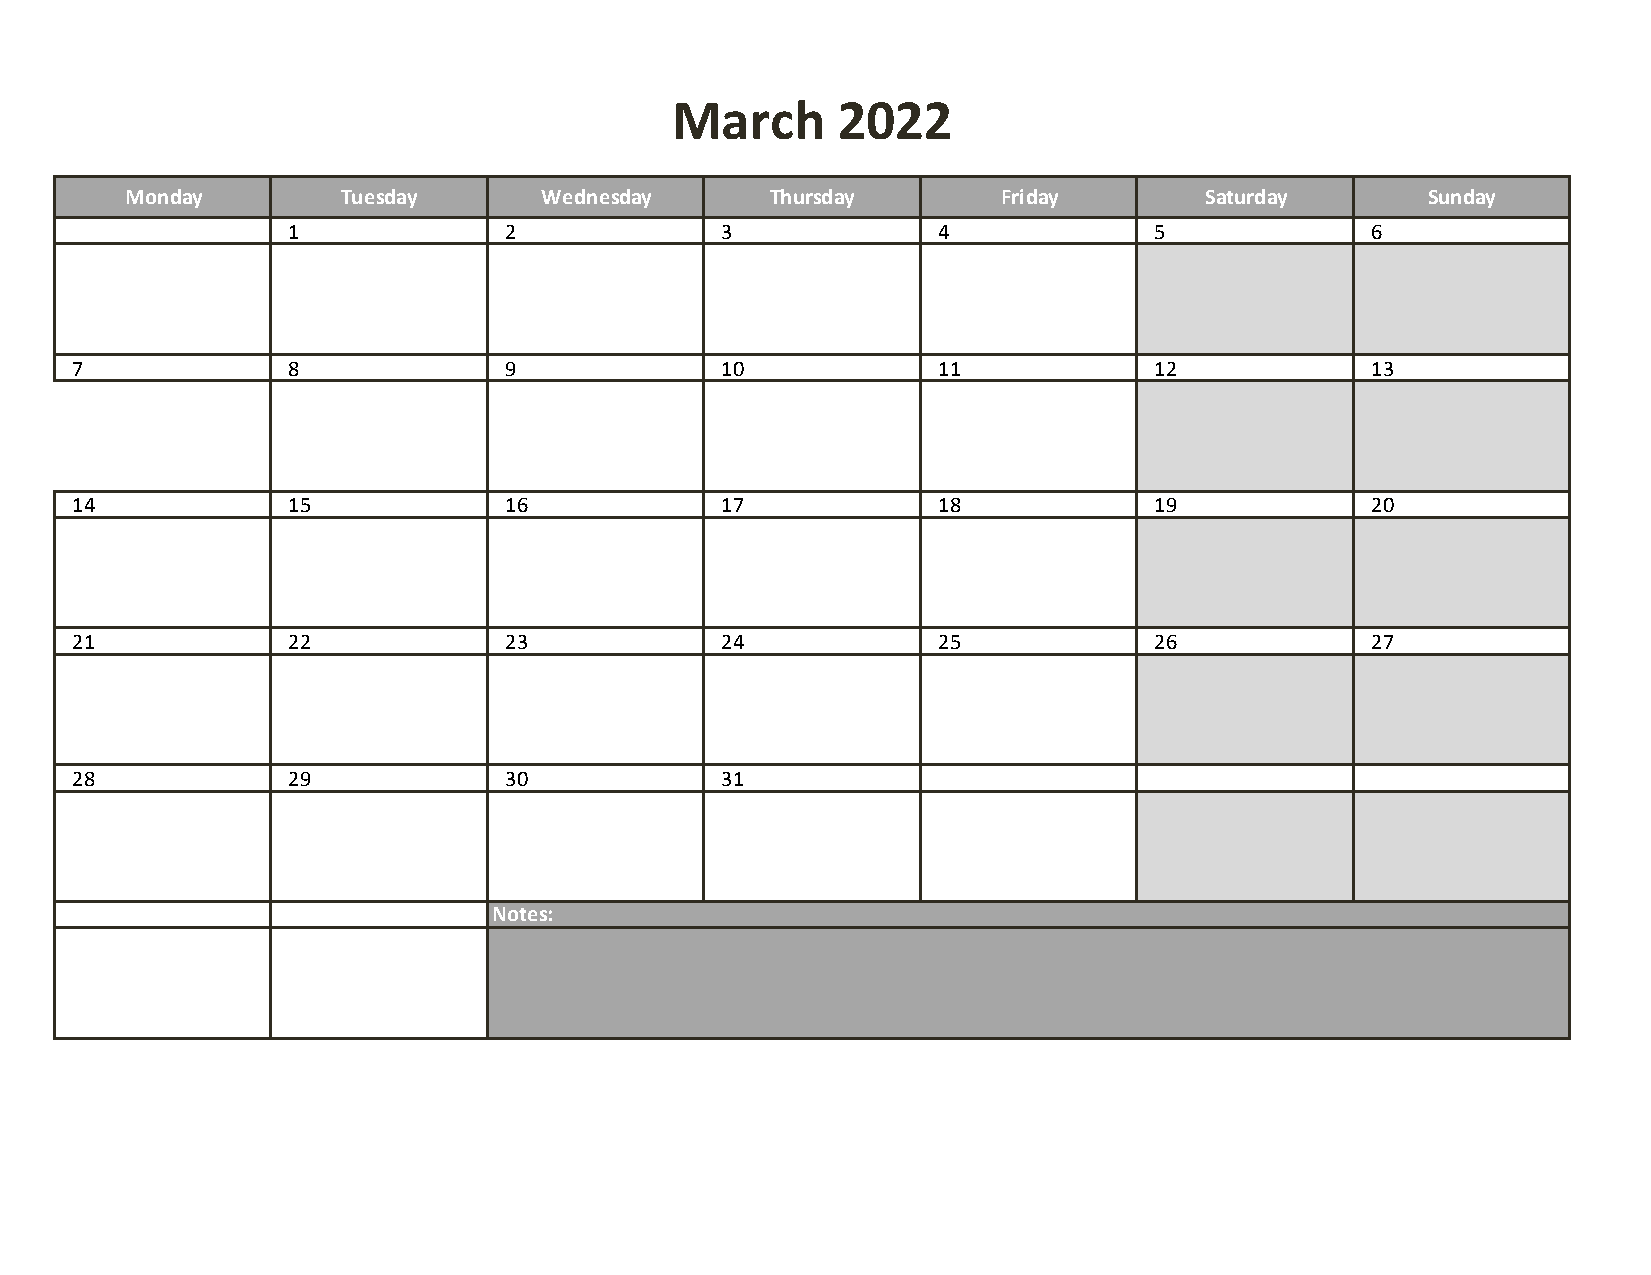
March      2022
 Monday         Tuesday      Wednesday      Thursday       Friday        Saturday      Sunday
 1             2              3             4             5              6
 7             8             9              10            11            12             13
 14            15            16             17            18            19             20
 21            22            23             24            25            26             27
 28            29            30             31
 Notes: